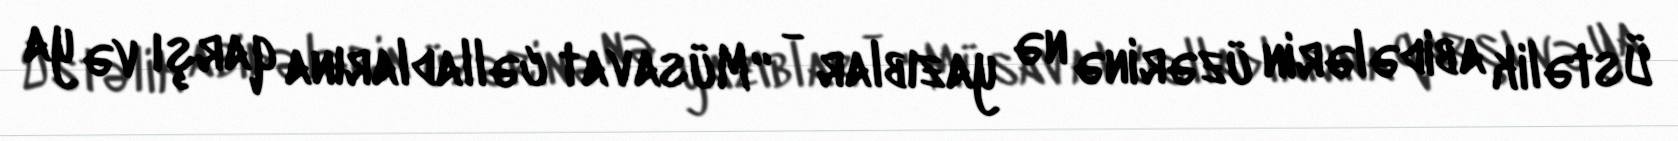
Üstəlik abidələrin üzərinə nə yazıblar - “Müsavat cəlladlarına qarşı və ya